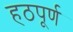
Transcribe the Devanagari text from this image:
हठपूर्ण